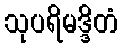
သုပရိမဒ္ဒိတံ